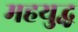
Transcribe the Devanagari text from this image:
महयुद्ध